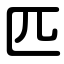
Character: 匹